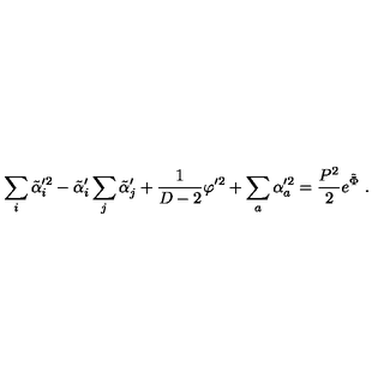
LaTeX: \sum _ { i } \tilde { \alpha } _ { i } ^ { \prime 2 } - \tilde { \alpha } _ { i } ^ { \prime } \sum _ { j } \tilde { \alpha } _ { j } ^ { \prime } + { \frac { 1 } { D - 2 } } \varphi ^ { \prime 2 } + \sum _ { a } \alpha _ { a } ^ { \prime 2 } = { \frac { P ^ { 2 } } { 2 } } e ^ { \tilde { \Phi } } \ .